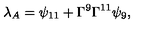
{ \lambda _ { A } = \psi _ { 1 1 } + \Gamma ^ { 9 } \Gamma ^ { 1 1 } \psi _ { 9 } , }